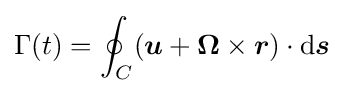
\Gamma (t)=\oint _{C}({\boldsymbol {u}}+{\boldsymbol {\Omega }}\times {\boldsymbol {r}})\cdot \mathrm {d} {\boldsymbol {s}}